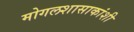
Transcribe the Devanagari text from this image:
मोगलशासाकांशी